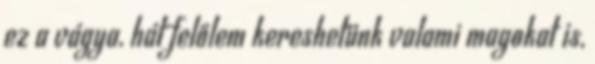
ez a vágya, hát felőlem kereshetünk valami magokat is,